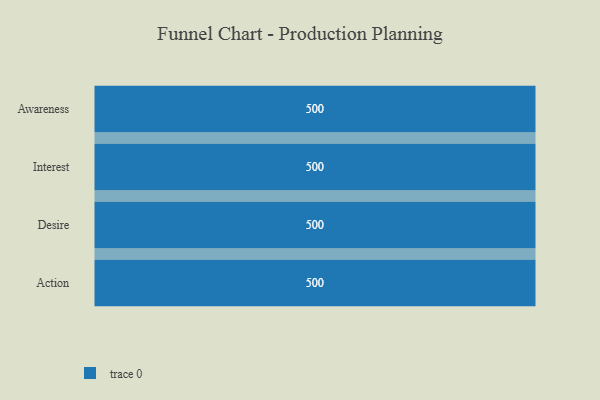
{"axis": {"x": "Stage", "y": "Value"}, "legend": [""], "data": [{"x": "Awareness", "y": 500, "type": ""}, {"x": "Interest", "y": 500, "type": ""}, {"x": "Desire", "y": 500, "type": ""}, {"x": "Action", "y": 500, "type": ""}]}